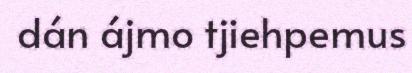
dán ájmo tjiehpemus